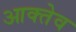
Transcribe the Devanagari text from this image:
आक्तेव